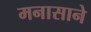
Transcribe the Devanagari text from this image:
मनासाने